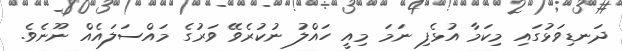
ދަނޑިވަޅުގައި މިކަމާ އުޅެފި ނަމަ މިއީ ހައްލު ނުކުރެވޭ ވަރުގެ މައްސަލައެއް ނޫނެވެ.